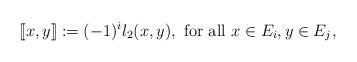
LaTeX: \begin{align*} [\![x,y]\!] := (-1)^{i} l_2(x,y), \hbox{ for all $x \in E_i,y\in E_j $,} \end{align*}